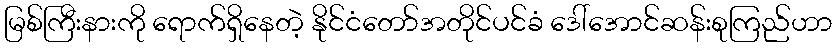
မြစ်ကြီးနားကို ရောက်ရှိနေတဲ့ နိုင်ငံတော်အတိုင်ပင်ခံ ဒေါ်အောင်ဆန်းစုကြည်ဟာ